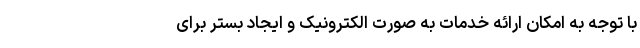
با توجه به امکان ارائه خدمات به صورت الکترونیک و ایجاد بستر برای